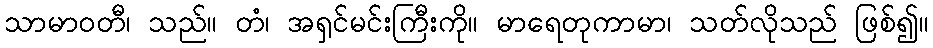
သာမာဝတီ၊ သည်။ တံ၊ အရှင်မင်းကြီးကို။ မာရေတုကာမာ၊ သတ်လိုသည် ဖြစ်၍။